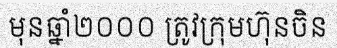
មុនឆ្នាំ២០០០ ត្រូវក្រុមហ៊ុនចិន